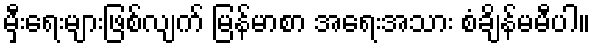
မှီးရေးများဖြစ်လျက် မြန်မာစာ အရေးအသား စံချိန်မမီပါ။